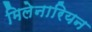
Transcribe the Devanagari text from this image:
मिलेनारियन